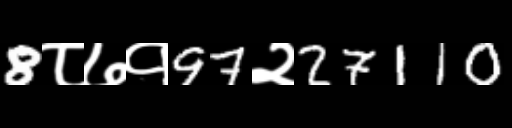
Text: 8८७१97२27110